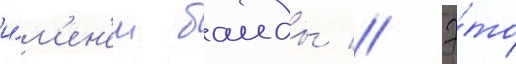
и́м'ен'ем баиды // Э́то